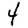
Digit: 4